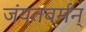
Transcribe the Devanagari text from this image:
जंयतवर्मन्